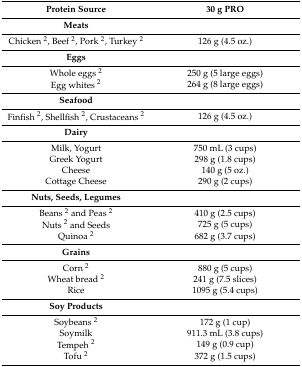
| Protein Source | 30 g PRO |
 | --- | --- |
 | Meats |  |
 | Chicken 2, Beef 2, Pork 2, Turkey 2 | 126 g (4.5 oz.) |
 | Eggs |  |
 | Whole eggs 2 | 250 g (5 large eggs) |
 | Egg whites 2 | 264 g (8 large eggs) |
 | Seafood |  |
 | Finfish 2, Shellfish 2, Crustaceans 2 | 126 g (4.5 oz.) |
 | Dairy |  |
 | Milk, Yogurt | 750 mL (3 cups) |
 | Greek Yogurt | 298 g (1.8 cups) |
 | Cheese | 140 g (5 oz.) |
 | Cottage Cheese | 290 g (2 cups) |
 | Nuts, Seeds, Legumes |  |
 | Beans 2 and Peas 2 | 410 g (2.5 cups) |
 | Nuts 2 and Seeds | 725 g (5 cups) |
 | Quinoa 2 | 682 g (3.7 cups) |
 | Grains |  |
 | Corn 2 | 880 g (5 cups) |
 | Wheat bread 2 | 241 g (7.5 slices) |
 | Rice | 1095 g (5.4 cups) |
 | Soy Products |  |
 | Soybeans 2 | 172 g (1 cup) |
 | Soymilk | 911.3 mL (3.8 cups) |
 | Tempeh 2 | 149 g (0.9 cup) |
 | Tofu 2 | 372 g (1.5 cups) |